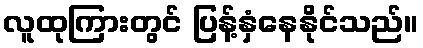
လူထုကြားတွင် ပြန့်နှံနေနိုင်သည်။